Source: Handwritten
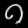
Digit: ၈ (8)